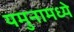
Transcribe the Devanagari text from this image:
यमुनामध्ये